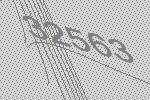
32563